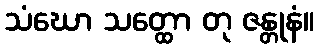
သံဃော သတ္ထော တု ဇန္တုနံ။